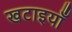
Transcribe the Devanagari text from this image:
खटाइयाँ